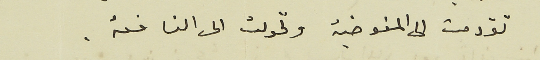
تقدمت الى المفوضية وتحولت الى النافعة.